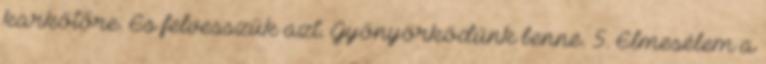
karkötőre. És felvesszük azt. Gyönyörködünk benne. 5. Elmesélem a